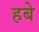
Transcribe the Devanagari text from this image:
हबे